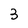
Character: 3